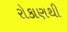
રોકાણથી